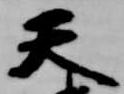
天